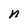
Character: n